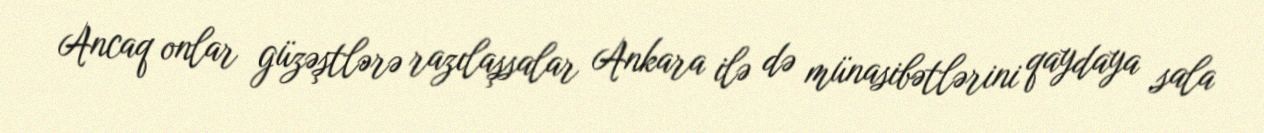
Ancaq onlar güzəştlərə razılaşsalar Ankara ilə də münasibətlərini qaydaya sala